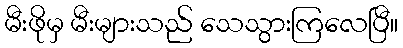
မီးဖိုမှ မီးများသည် သေသွားကြလေပြီ။